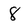
Character: 8